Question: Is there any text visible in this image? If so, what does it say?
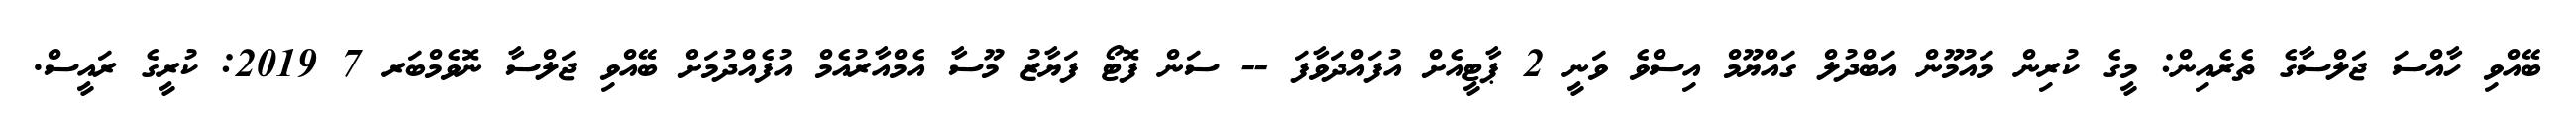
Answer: ބޭއްވި ހާއްސަ ޖަލްސާގެ ތެރެއިން: މީގެ ކުރިން މައުމޫން އަބްދުލް ގައްޔޫމް އިސްވެ ވަނީ 2 ޕާޓީއެށް އުފައްދަވާފަ -- ސަން ފޮޓޯ ފަޔާޒު މޫސާ އެމްއާރުއެމް އުފެއްދުމަށް ބޭއްވި ޖަލްސާ ނޮވެމްބަރ 7 2019: ކުރީގެ ރައީސް.